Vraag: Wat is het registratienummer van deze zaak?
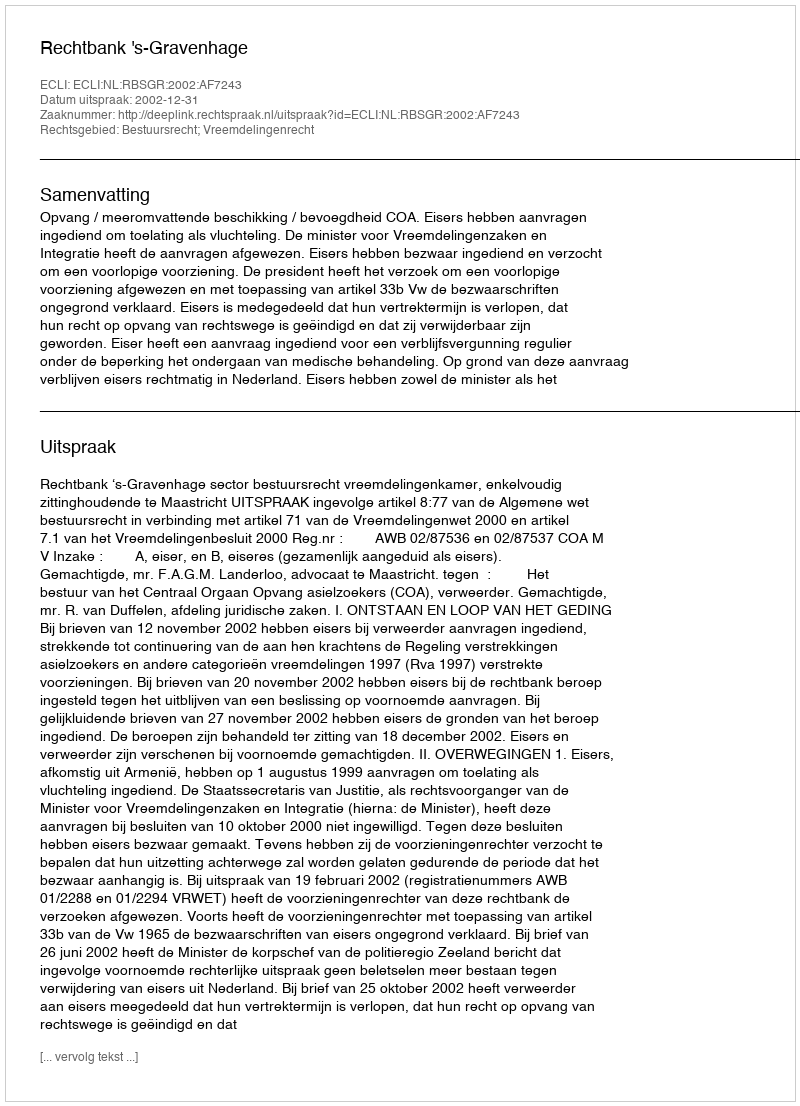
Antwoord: http://deeplink.rechtspraak.nl/uitspraak?id=ECLI:NL:RBSGR:2002:AF7243